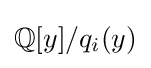
\mathbb {Q} [y]/q_{i}(y)